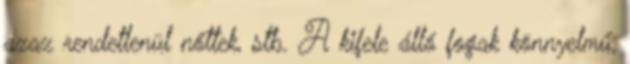
azaz rendetlenül nőttek, stb. A kifele álló fogak könnyelmű,